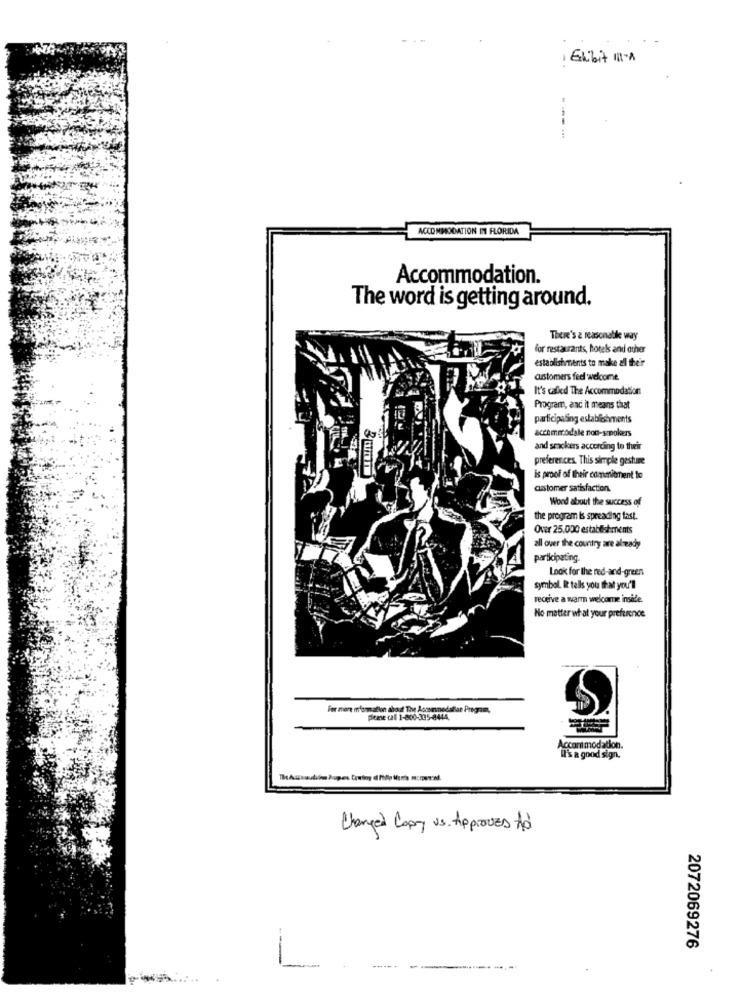
Exibit 111-A
ACCOMMODATION IN FLORIDA
Accommodation.
The word is getting around.
There's a reasonable way
for restaurants, hotels and other
establishments to make all the'r
customers feel welcome
It's called The Accommodation
Program, and it means that
participating establishments
accommodale non-s pokers
and srackers according to their
preferences. This simple gesture
is proof of their commitment to
astomer satisfaction.
Word about the success of
the program Is spreading fast.
Over 25,000 establishments
all over the country are already
participating.
Look for the red-and-green
symbol. It tells you that you'll
receive a warm welcome inside.
No matter what your preference
For more mformation about The Aposmnodallar Program,
please call 1-800-335-8444.
Accommodation.
It's a good sign.
Changed Copy vs. Approves Ad
2072069276